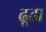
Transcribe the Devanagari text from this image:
ढ़ूढा